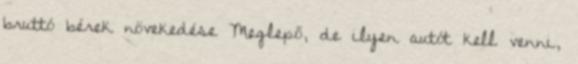
bruttó bérek növekedése Meglepő, de ilyen autót kell venni,